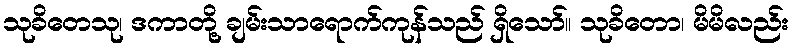
သုခိတေသု၊ ဒကာတို့ ချမ်းသာရောက်ကုန်သည် ရှိသော်။ သုခိတော၊ မိမိလည်း